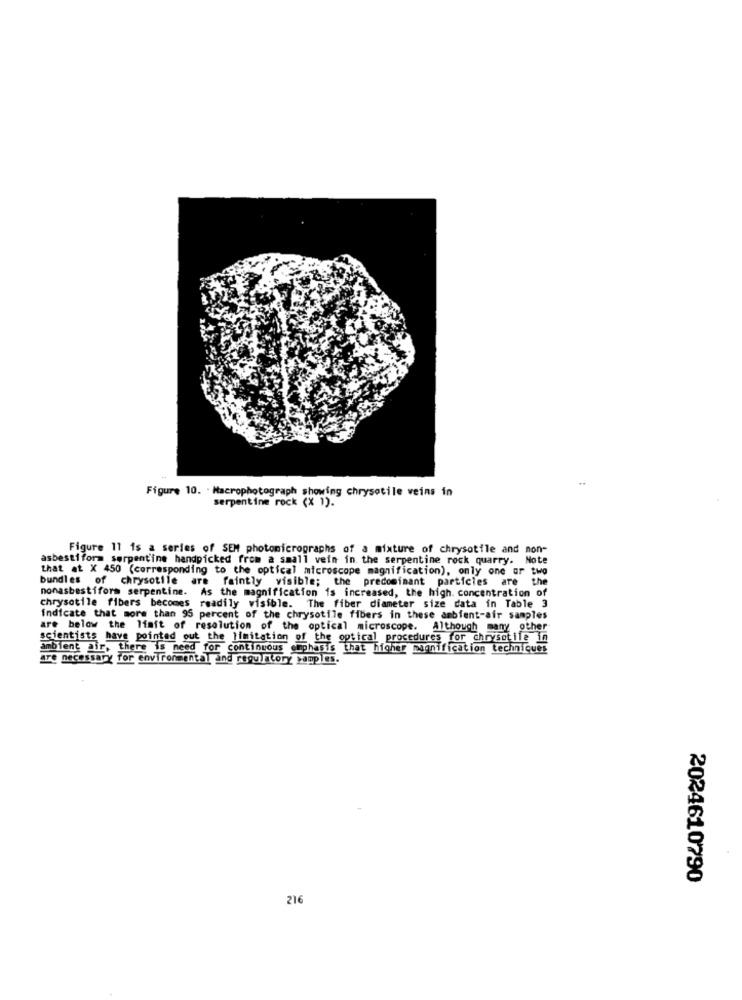
-..
Figure 10. . Macrophotograph showing chrysotile veins in
serpentine rock (X 1).
Figure 11 is a series of SEM photomicrographs of a mixture of chrysotile and non-
asbestiform serpentine handpicked from a small vein in the serpentine rock quarry. Note
that at X 450 (corresponding to the optical microscope magnification), only one or two
bundles of chrysotile are faintly visible; the predominant particles are the
nonasbestiform serpentine. As the magnification is increased, the high concentration of
chrysotile fibers becomes readily visible. The fiber diameter size data in Table 3
indicate that more than 95 percent of the chrysotile fibers in these ambient-air samples
are below the liaft of resolution of the optical microscope. Although many other
scientists have pointed out the limitation of the optical procedures for chrysotile in
ambient air, there is need for continuous emphasis that higher magnification techniques
are necessary for environmental and regulatory yamples.
2024610790
216